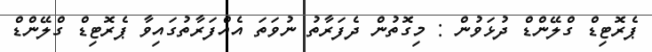
ޕެރޮޓިޑް ގްލޭންޑް ދުޅަވުން : މިގޮތުން ދެފަރާތު ނުވަތަ އެއްފަރާތުގައިވާ ޕެރޮޓިޑް ގްލޭންޑް